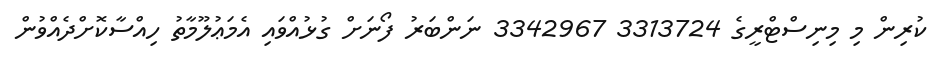
ކުރިން މި މިނިސްޓްރީގެ 3313724 3342967 ނަންބަރު ފޯނަށް ގުޅުއްވައި އެމަޢުލޫމާތު ހިއްސާކޮށްދެއްވުން